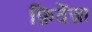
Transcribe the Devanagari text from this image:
फ़िदेंज़ा